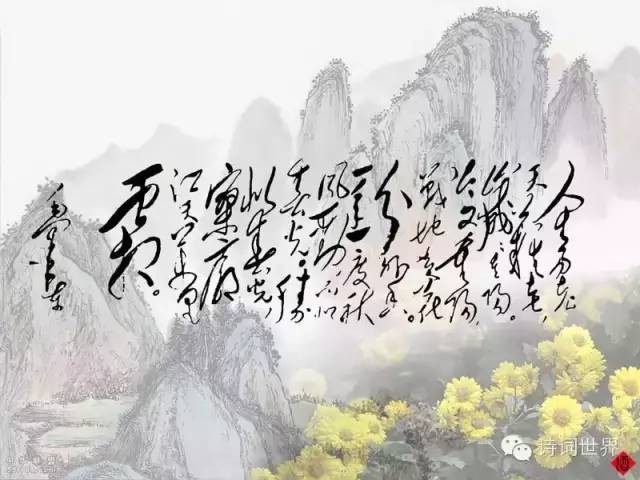
今又重阳，战地黄花分外香。